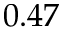
0 . 4 7